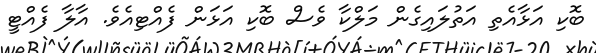
ބޮކި އަޅާއެތި އަތުލައިގެން މަލްކާ ވެސް ބޮކި އަޅަން ފެއްޓިއެވެ. އާލާ ފެއްޓީ